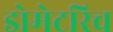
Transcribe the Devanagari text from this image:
डोमेटरिच